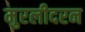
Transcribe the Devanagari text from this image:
मुरलीदरन